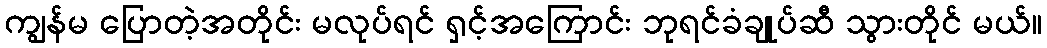
ကျွန်မ ပြောတဲ့အတိုင်း မလုပ်ရင် ရှင့်အကြောင်း ဘုရင်ခံချုပ်ဆီ သွားတိုင် မယ်။